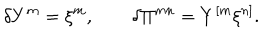
\delta Y ^ { m } = \xi ^ { m } , \qquad \delta \Pi ^ { m n } = Y ^ { [ m } \xi ^ { n ] } .